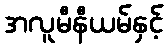
အလူမီနီယမ်နှင့်